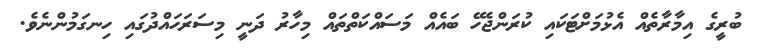
ބުރީގެ އިމާރާތެއް އެޅުމަށްޓަކައި ކުރަންޖެހޭ ބައެއް މަސައްކަތްތައް މިހާރު ދަނީ މިސަރަހައްދުގައި ހިނގަމުންނެވެ.